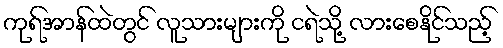
ကုရ်အာန်ထဲတွင် လူသားများကို ငရဲသို့ လားစေနိုင်သည့်